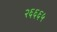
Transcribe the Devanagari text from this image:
२६६६५